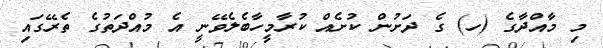
މި މާއްދާގެ (ހ) ގެ ދަށުން ކުށެއް ކުރާމީހާބެލެވޭނީ އެ މުއްދަތުގެ ތެރޭގައި